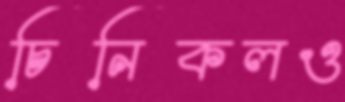
চিনিকলও